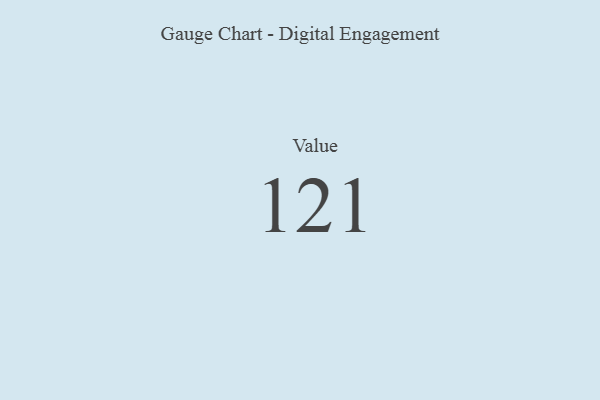
{"axis": {"x": "Metric", "y": "Value"}, "legend": [""], "data": [{"x": "Value", "y": 121, "type": ""}]}